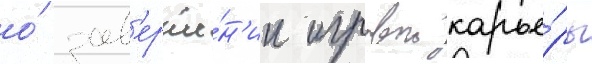
о́ зав'ерше́н'ии игровои карье́ры